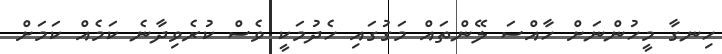
ހިނގާ މީހުންނަށް ހާއްސަ ލޭންތައް މަގުގައި ހެދުމަކީ ވެސް ކުރެވިދާނެ ކަމެއް ކަމަށް